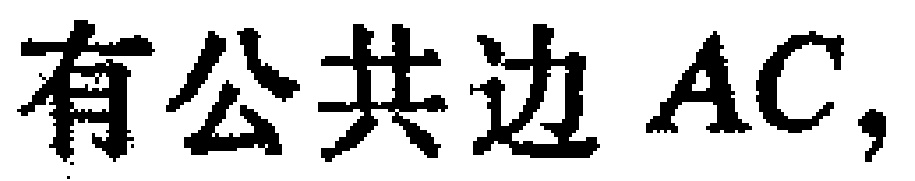
有公共边 \(AC\)，